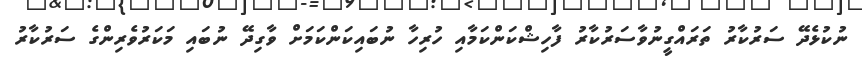
ނުކުޅެދޭ ސަރުކާރު ތަރައްގީނުވާސަރުކާރު ފާހިޝްކަންކަމާއި ހުރިހާ ނުބައިކަންކަމަށް ވާގިދޭ ނުބައި މަކަރުވެރިންގެ ސަރުކާރު